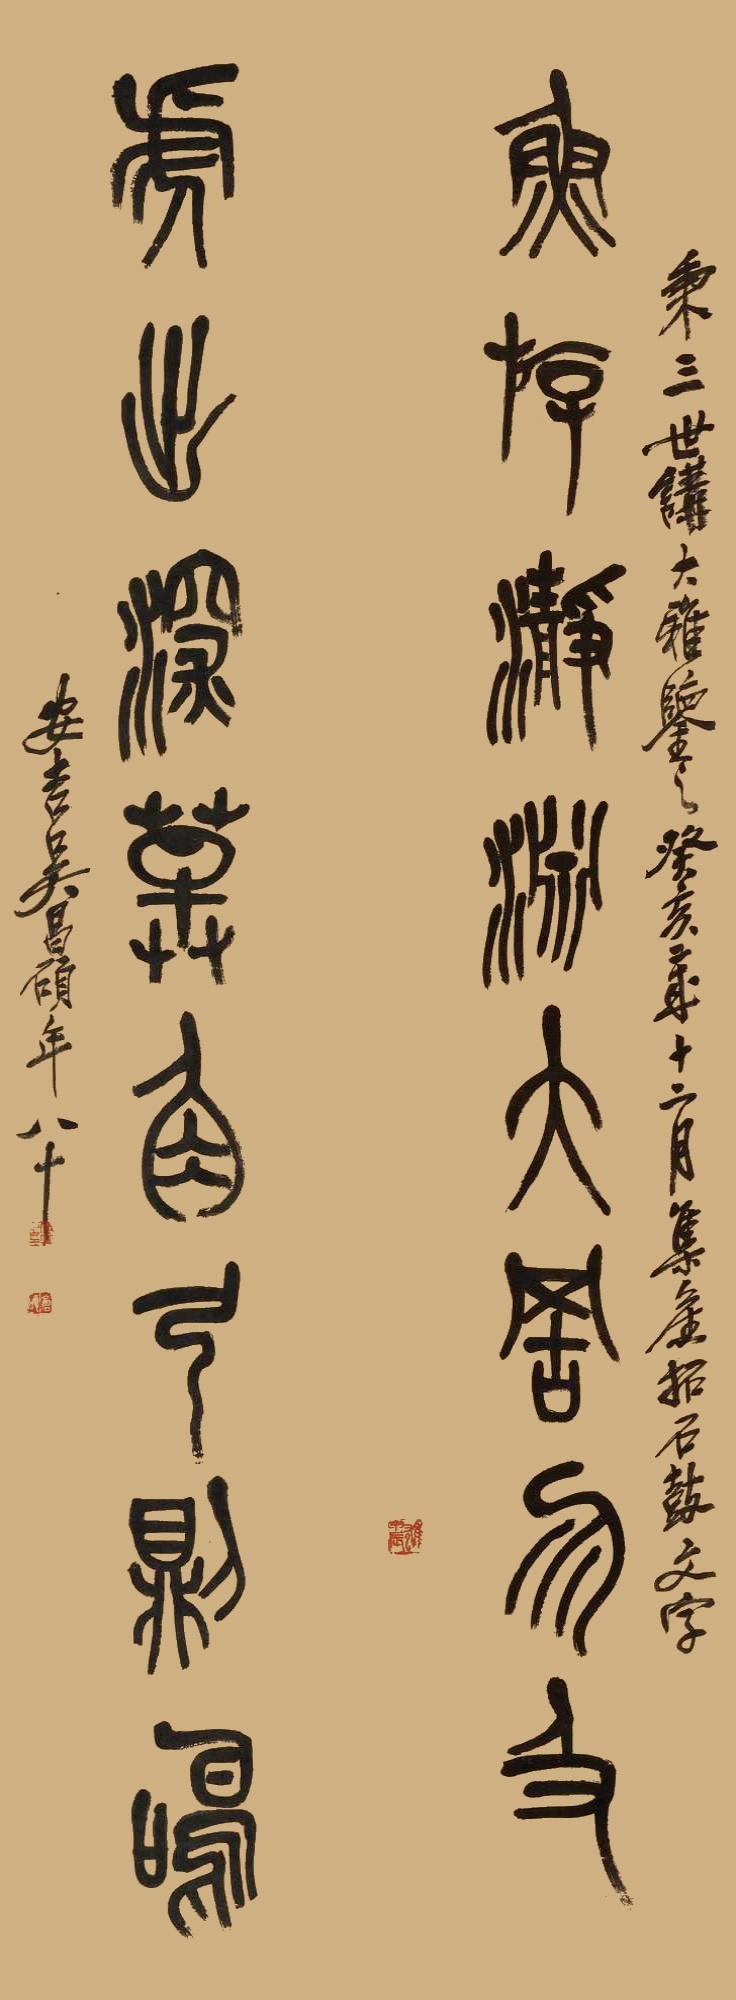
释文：鱼游瀞渊大罟勿及，虎出深草角弓则鸣。秉三世讲大雅鉴之。癸亥岁十二月集旧拓石鼓文字。安吉吴昌硕年八十。